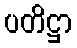
ပတိဋ္ဌာ